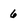
Character: 6